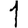
Digit: 1